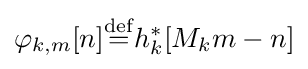
\varphi _{k,m}[n]{\stackrel {\rm {def}}{=}}h_{k}^{*}[M_{k}m-n]